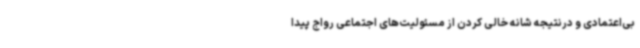
بی‌اعتمادی و درنتیجه شانه خالی کردن از مسئولیت‌های اجتماعی رواج پیدا